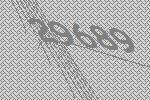
29689